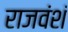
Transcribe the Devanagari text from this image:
राजवंशं